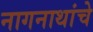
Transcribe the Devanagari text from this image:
नागनाथांचे